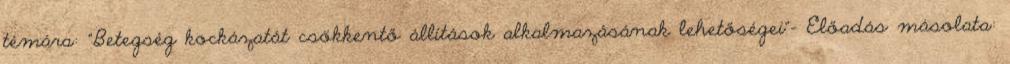
témára: "Betegség kockázatát csökkentő állítások alkalmazásának lehetőségei"— Előadás másolata: